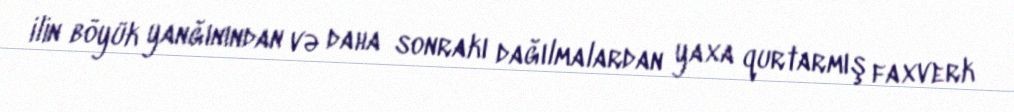
ilin böyük yanğınından və daha sonrakı dağılmalardan yaxa qurtarmış faxverk